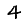
Digit: 4